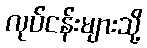
လုပ်ငန်းများသို့